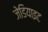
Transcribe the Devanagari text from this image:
जेडियाइट